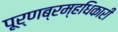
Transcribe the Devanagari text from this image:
पूर्णब्रम्हधिकारी